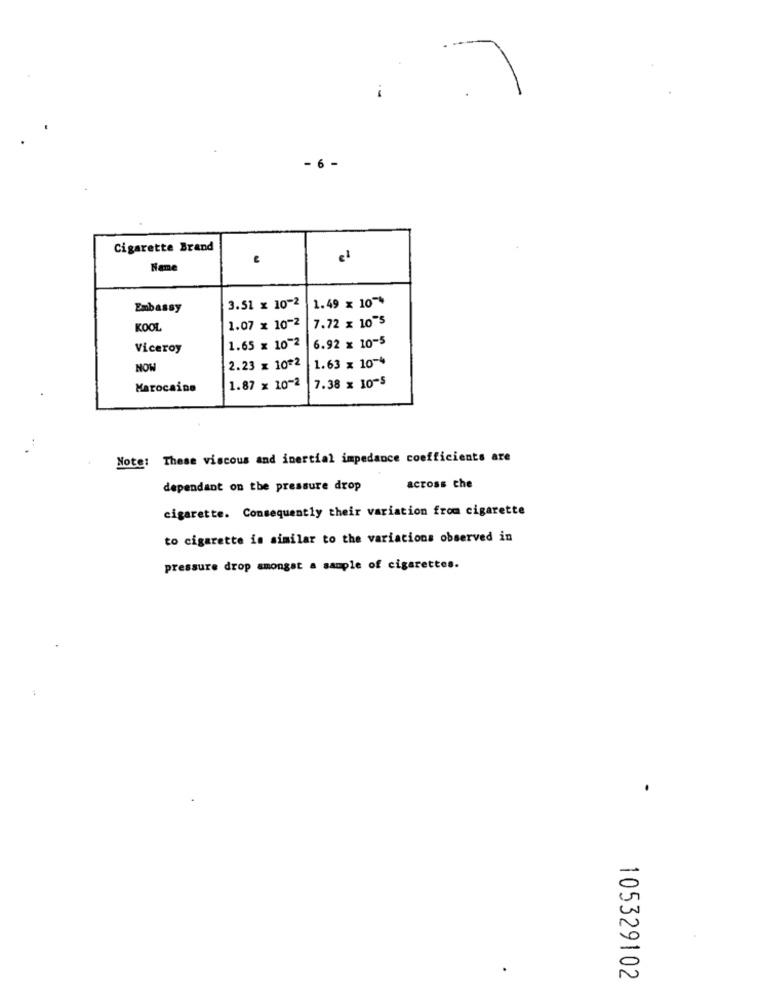
7
- 6 -
Cigarette Brand
Name
1.49 x 10 **
Embassy
3.51 x 10-2
7.72 x 10"5
KOOL
1.07 x 10-2
6.92 x 10-5
Viceroy
1.65 x 10-2
1.63 x 10-4
NOW
2.23 x 10*2
7.38 x 10-5
Marocaine
1.87 x 10-2
Note: These viscous and inertial impedance coefficients are
dependant on the pressure drop
across che
cigarette. Consequently their variation from cigarette
to cigarette is similar to the variations observed in
pressure drop amongst a sample of cigarettes.
105329102